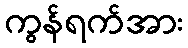
ကွန်ရက်အား